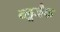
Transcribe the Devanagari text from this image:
ब्लूजैक